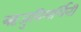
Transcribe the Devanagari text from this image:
ऋजुविमर्शिनी